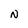
Character: N